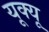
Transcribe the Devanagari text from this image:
यूक्यू